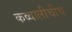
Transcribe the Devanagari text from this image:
कव्वालीचीच